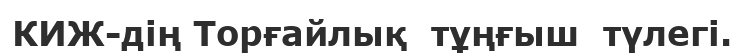
КИЖ-дің Торғайлық  тұңғыш  түлегі.